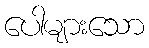
ပေါများသော